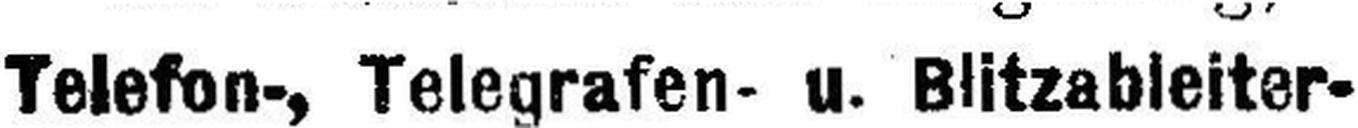
Telefon-, Telegrafen- u. Blitzableiter-